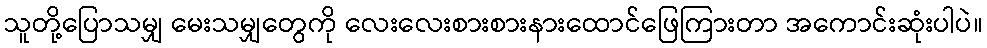
သူတို့ပြောသမျှ မေးသမျှတွေကို လေးလေးစားစားနားထောင်ဖြေကြားတာ အကောင်းဆုံးပါပဲ။